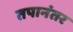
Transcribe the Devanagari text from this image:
तपानंतर